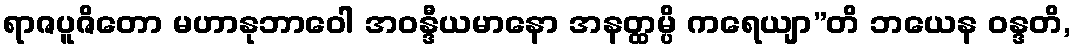
ရာဇပူဇိတော မဟာနုဘာဝေါ အဝန္ဒီယမာနော အနတ္ထမ္ပိ ကရေယျာ”တိ ဘယေန ဝန္ဒတိ,